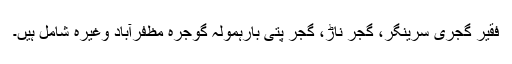
فقیر گجری سرینگر، گجر ناڑ، گجر پتی بارہمولہ گوجرہ مظفرآباد وغیرہ شامل ہیں۔